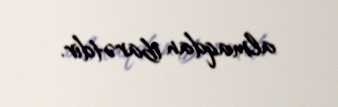
almaqdan ibarətdir.